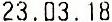
23.03.18